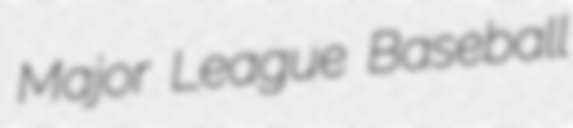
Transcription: Major League Baseball